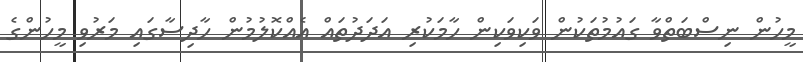
މީހުން ނިސްބަތްވާ ގައުމުތަކުން ވަކިވަކިން ހާމަކުރި އަދަދުތައް އެއްކޮލުމުން ހާދިސާގައި މަރުވި މީހުންގެ